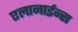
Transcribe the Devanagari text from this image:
एलानाईन्स